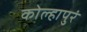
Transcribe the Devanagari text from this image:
कोल्हापुरं